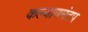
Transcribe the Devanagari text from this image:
कल्याणमंटप